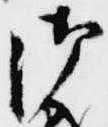
御